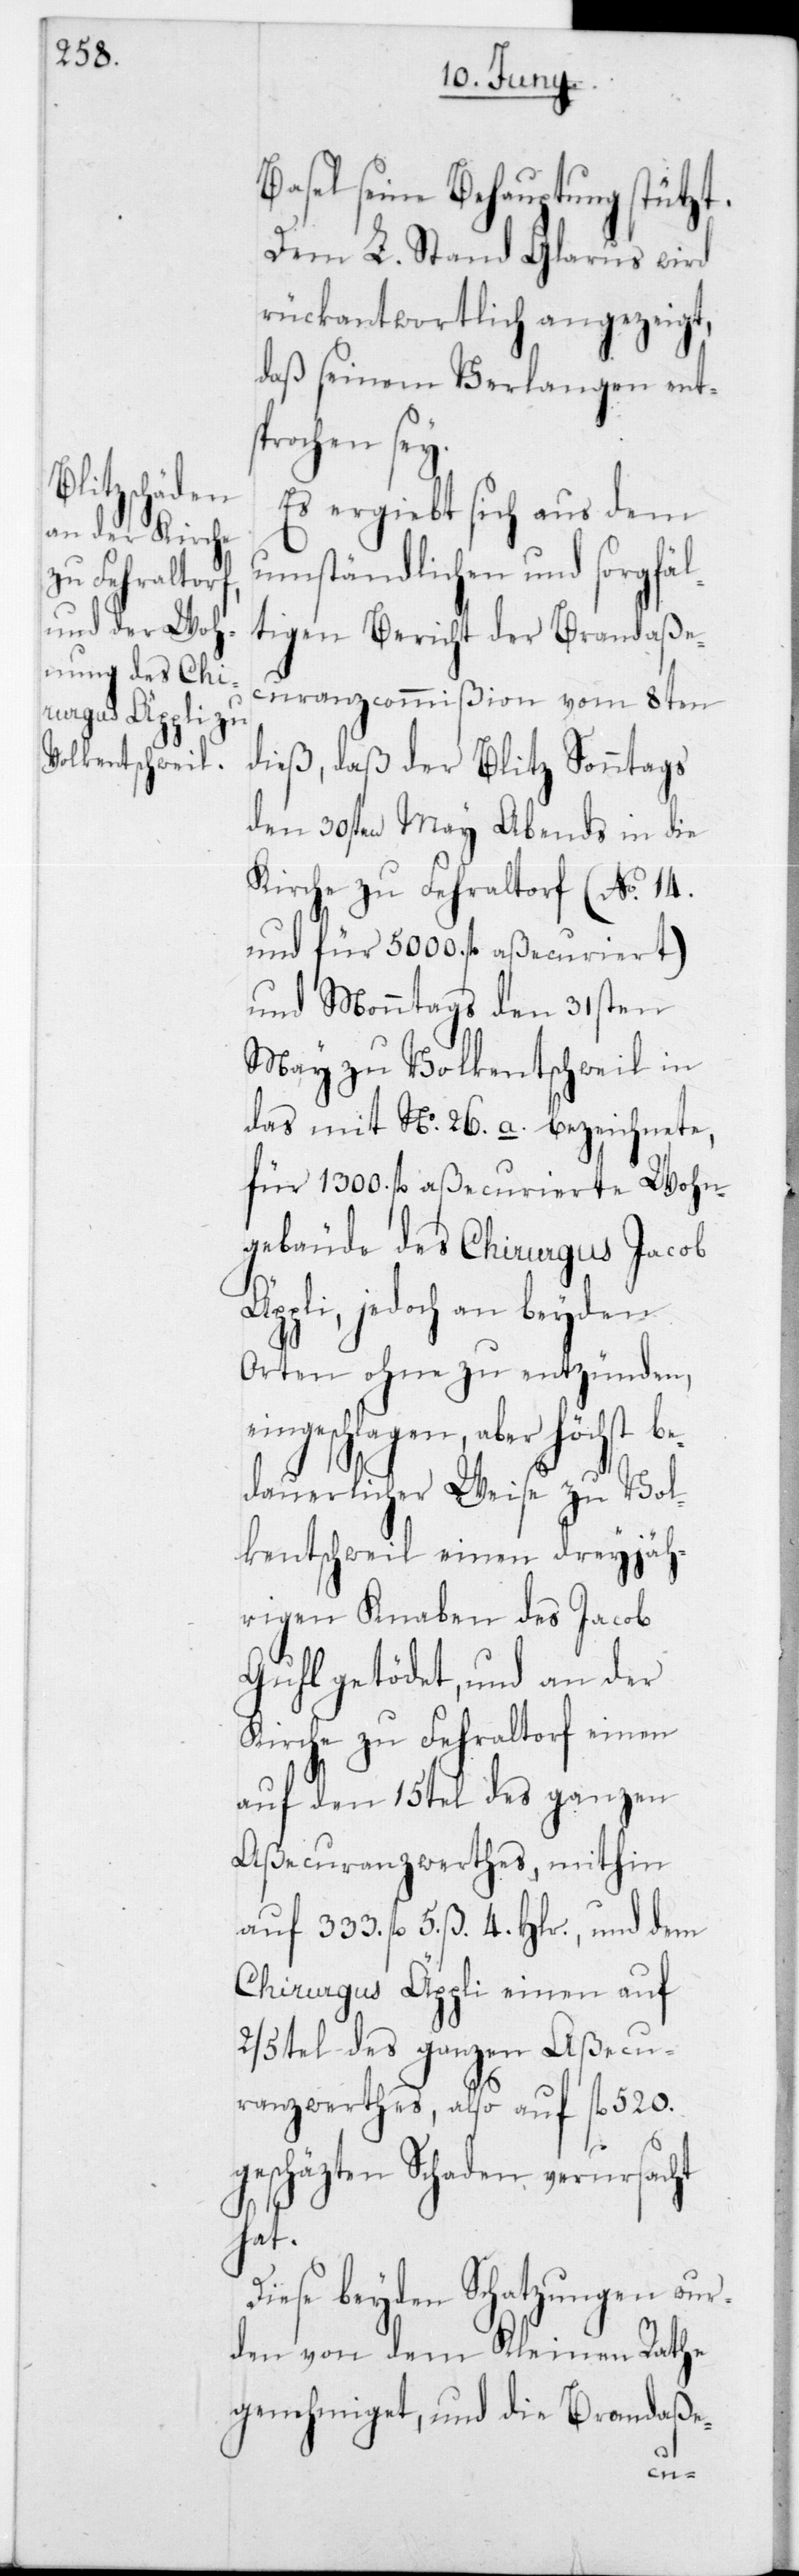
Basel seine Behauptung stützt.
Dem L. Stand Glarus wird
rückantwortlich angezeigt,
daß seinem Verlangen ents¬
prochen sey.
Es ergiebt sich aus dem
umständlichen und sorgfäl¬
tigen Bericht der Brandaße¬
curanzcommißion vom 8ten
dieß, daß der Blitz Sonntags
den 30sten May Abends in die
Kirche zu Fehraltorf (No 14
und für 5000 fl. aßecuriert)
und Monntags den 31sten
May zu Volkentschweil in
das mit No 26 a bezeichnete,
für 1300 fl. aßecurierte Wohn¬
gebäude des Chirurgus Jacob
Äppli, jedoch an beyden
Orten ohne zu entzünden,
geschlagen, aber höchst b¬
edauerlicher Weise zu Vol¬
kentschweil einen dreyjäh¬
rigen Knaben des Jacob
Guhl getödet, und an der
Kirche zu Fehraltorf einen
auf den 1/15 des ganzen
Aßecuranzwerthes, mithin
auf 333 fl. 5 ß 4 Hlr., und dem
Chirurgus Äppli einen auf
2/5 des ganzen Aßecu¬
ranzwerthes, also auf 520
eschätzten Schaden verursacht
hat.
Diese beyden Schatzungen wur¬
den von dem Kleinen Rathe
genehmiget, und die Brandaße-
fl. g¬